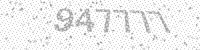
Solution: 947777